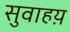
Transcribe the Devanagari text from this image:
सुवाहय़